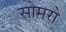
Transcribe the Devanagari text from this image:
सोमरो